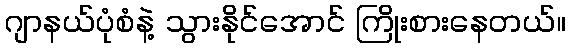
ဂျာနယ်ပုံစံနဲ့ သွားနိုင်အောင် ကြိုးစားနေတယ်။